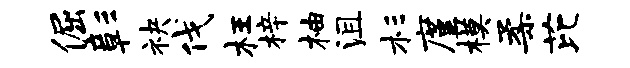
倔彰袂伐枉梓柚沮杉廑模柔芘